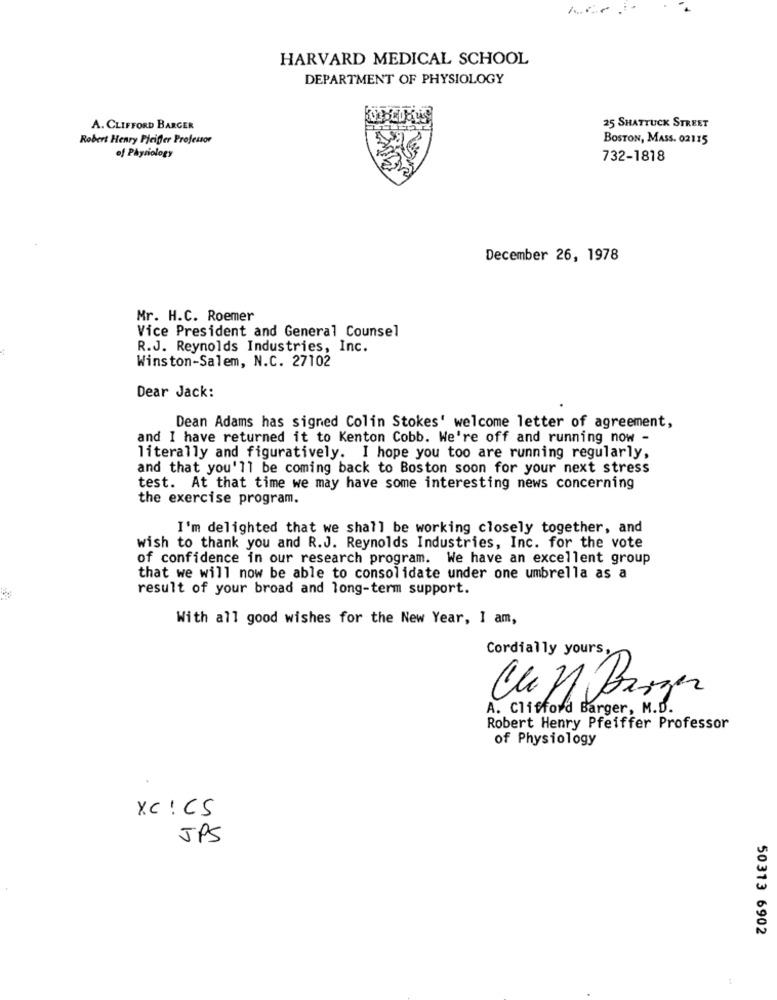
HARVARD MEDICAL SCHOOL
DEPARTMENT OF PHYSIOLOGY
A. CLIFFORD BARGER
25 SHATTUCK STREET
Robert Henry Pfeifer Professor
BOSTON, MASS. 02115
of Physiology
732-1818
December 26, 1978
Mr. H.C. Roemer
Vice President and General Counsel
R.J. Reynolds Industries, Inc.
Winston-Salem, N.C. 27102
Dear Jack:
Dean Adams has signed Colin Stokes' welcome letter of agreement,
and I have returned it to Kenton Cobb. We're off and running now -
literally and figuratively. I hope you too are running regularly,
and that you'll be coming back to Boston soon for your next stress
test. At that time we may have some interesting news concerning
the exercise program.
I'm delighted that we shall be working closely together, and
wish to thank you and R.J. Reynolds Industries, Inc. for the vote
of confidence in our research program. We have an excellent group
that we will now be able to consolidate under one umbrella as a
result of your broad and long-term support.
With all good wishes for the New Year, I am,
Cordially yours,
Cken Burger
A. Clifford Barger, M.D.
Robert Henry Pfeiffer Professor
of Physiology
XC ! CS
JPS
50313 6902